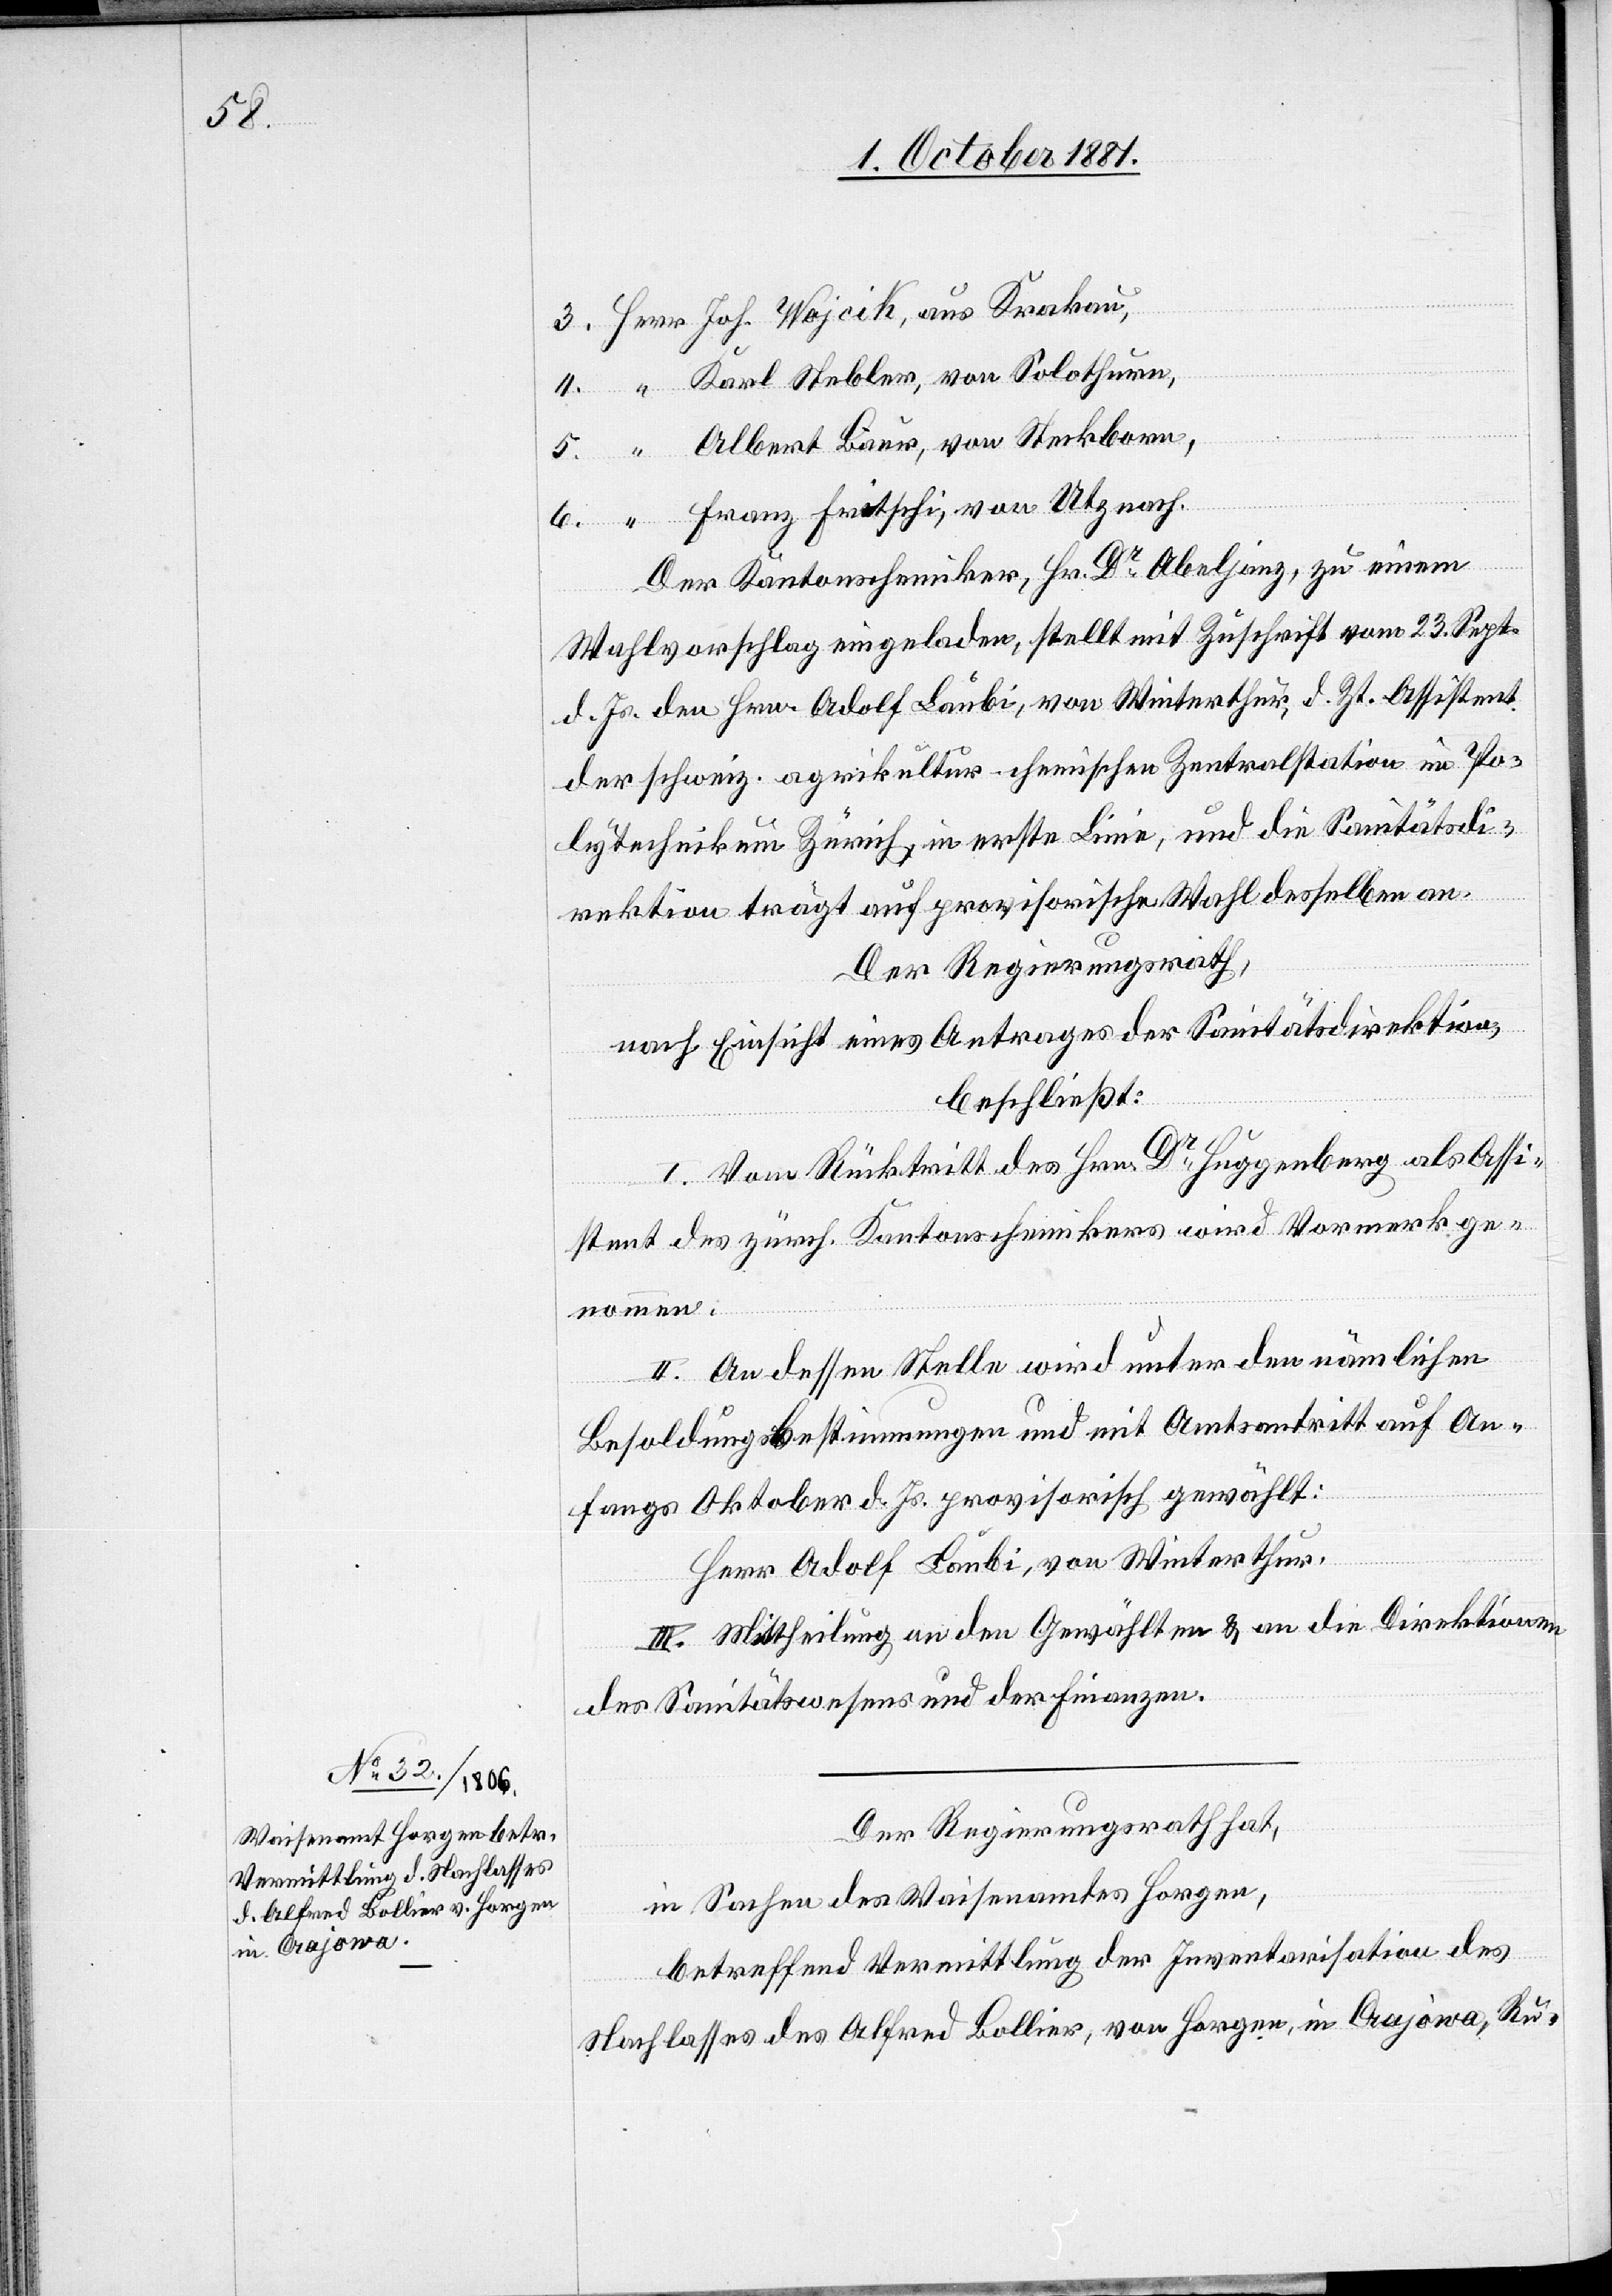
3. Herr Joh. Wajcik, aus Krakau,
4. “	Karl Stebler, von Solothurn,
5. “	Albert Baur, von Steckborn,
6. “	Franz Fritschi, von Utznach.
Der Kantonschemiker, Hr. Dr Abeljanz, zu einem
Wahlvorschlag eingeladen, stellt mit Zuschrift vom 23. Sept.
d. Js. den Hrn. Adolf Laubi, von Winterthur, d. Zt. Assistent
der schweiz. agrikultur-chemischen Zentralstation im Po¬
lytechnikum Zürich, in ersten Linie, und die Sanitätsdi¬
rektion trägt auf provisorische Wahl desselben an.
Der Regierungsrath,
nach Einsicht eines Antrages der Sanitätsdirektion,
beschließt:
I. Vom Rücktritt des Hrn. Dr Huggenberg als Assi¬
stent des zürch. Kantonschemikers wird Vormerk ge¬
nommen.
II. An dessen Stelle wird unter den nämlichen
Besoldungsbestimmungen und mit Amtsantritt auf An¬
fangs Oktober d. Js. provisorisch gewählt:
Herr Adolf Laubi, von Winterthur.
III. Mittheilung an den Gewählten & an die Direktionen
des Sanitätswesens und der Finanzen.
Der Regierungsrath hat,
in Sachen des Waisenamtes Horgen,
betreffend Vermittlung der Inventarisation des
Nachlasses des Alfred Bollier, von Horgen, in Crajowa, Ru-